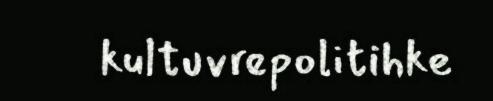
kultuvrepolitihke